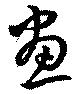
画